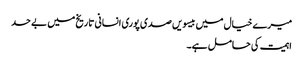
میرے خیال میں بیسویں صدی پوری انسانی تاریخ میں بے حد
اہمیت کی حامل ہے۔